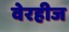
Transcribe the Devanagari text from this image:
वेरहीज